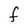
Character: F